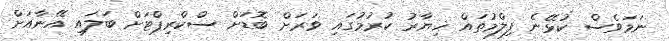
ނަމަވެސް ކުޅޭނެ ފިލްމުތައް ޚިޔާރު ކުރުމުގައި ވަރަށް ބޮޑަށް ސްކްރިޕްޓަށް ބަލައި އޭނާއަށް